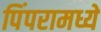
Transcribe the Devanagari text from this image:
पिंपरामध्ये